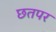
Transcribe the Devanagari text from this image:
छतपर